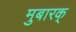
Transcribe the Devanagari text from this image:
मुबारक्